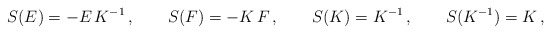
\begin{align*} S(E) = -E\,K^{-1}\,,\qquad S(F)=- K\,F\,,\qquad S(K)=K^{-1}\,,\qquad S(K^{-1}) = K\,,\end{align*}